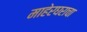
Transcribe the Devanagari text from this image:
माहेरघराचा